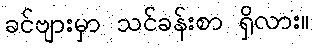
ခင်ဗျားမှာ သင်ခန်းစာ ရှိလား။